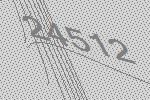
24512